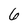
Character: 6